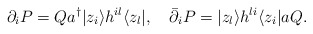
\begin{align*}\partial_{i}P=Q a^{\dagger} |z_{i}\rangle h^{il} \langle z_{l}|,\quad \bar{\partial}_{i}P=|z_{l}\rangle h^{li} \langle z_{i}|a Q.\end{align*}